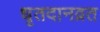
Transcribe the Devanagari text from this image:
धृतदानव्रत